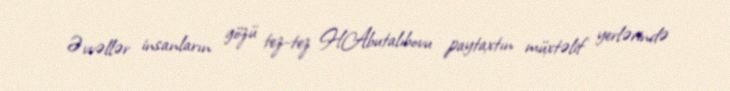
Əvvəllər insanların gözü tez-tez H.Abutalıbovu paytaxtın müxtəlif yerlərində